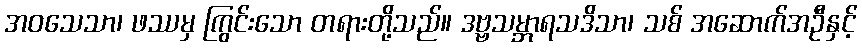
အဝသေသာ၊ ဖဿမှ ကြွင်းသော တရားတို့သည်။ ဒဗ္ဗသမ္ဘာရသဒိသာ၊ သစ် အဆောက်အဦနှင့်